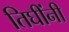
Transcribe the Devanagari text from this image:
तिघींनी